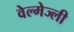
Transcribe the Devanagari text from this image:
वेल्मेज्ली